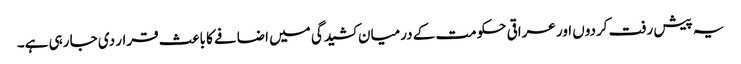
یہ پیش رفت کردوں اور عراقی حکومت کے درمیان کشیدگی میں اضافے کا باعث قرار دی جا رہی ہے۔